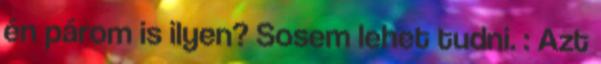
én párom is ilyen? Sosem lehet tudni. : Azt